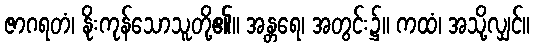
ဇာဂရတံ၊ နိုးကုန်သောသူတို့၏။ အန္တရေ၊ အတွင်း၌။ ကထံ၊ အသို့လျှင်။